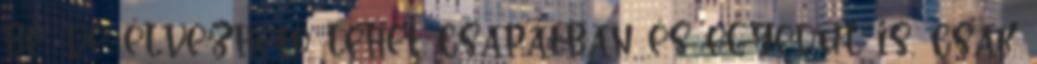
be, de élvezhető lehet csapatban és egyedül is, csak